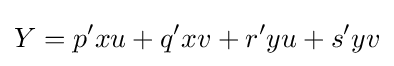
Y=p^{\prime }xu+q^{\prime }xv+r^{\prime }yu+s^{\prime }yv